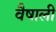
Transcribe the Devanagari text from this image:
वैषाली